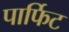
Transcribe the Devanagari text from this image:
पार्फिट